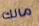
مالك